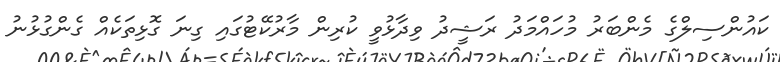
ކައުންސިލްގެ މެންބަރު މުހައްމަދު ރަޝީދު ވިދާޅުވީ ކުރިން މާރުކޭޓުގައި ގިނަ ގޮޅިތަކެއް ގެންގުޅުނު